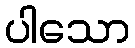
ပါသော